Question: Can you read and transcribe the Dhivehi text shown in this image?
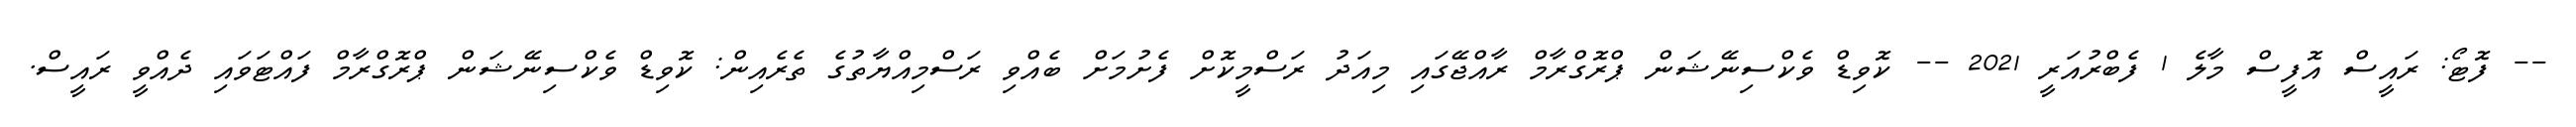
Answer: -- ފޮޓޯ: ރައީސް އޮފީސް މާލެ 1 ފެބްރުއަރީ 2021 -- ކޮވިޑް ވެކްސިނޭޝަން ޕްރޮގްރާމް ރާއްޖޭގައި މިއަދު ރަސްމީކޮށް ފެށުމަށް ބެއްވި ރަސްމިއްޔާތުގެ ތެރެއިން: ކޮވިޑް ވެކްސިނޭޝަން ޕްރޮގްރާމް ފައްޓަވައި ދެއްވީ ރައީސް.